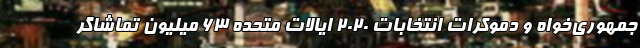
جمهوری‌خواه و دموکرات انتخابات ۲۰۲۰ ایالات متحده ۶۳ میلیون تماشاگر